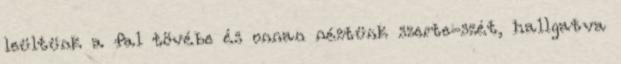
leültünk a fal tövébe és onnan néztünk szerte-szét, hallgatva